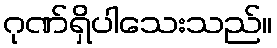
ဂုဏ်ရှိပါသေးသည်။